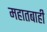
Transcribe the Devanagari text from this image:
महातबाही